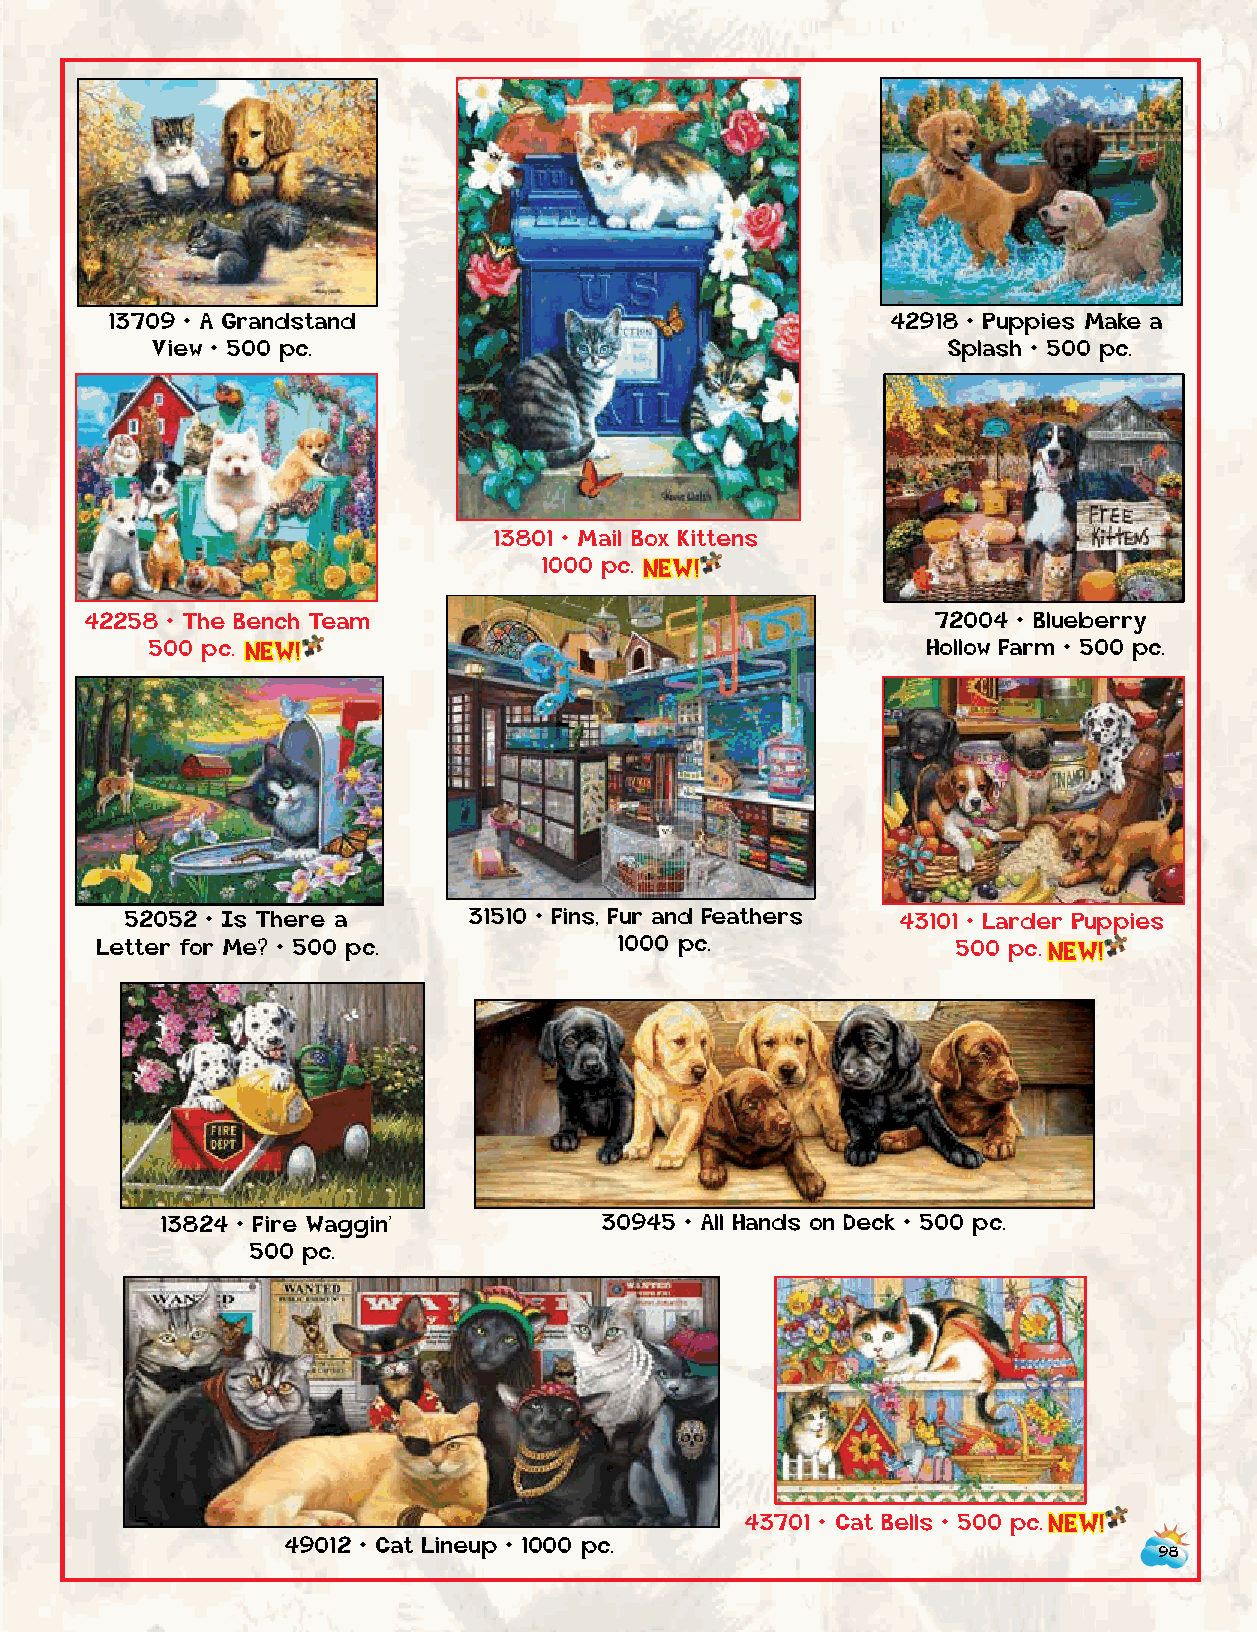
13709 • A Grandstand                                42918 • Puppies Make a
 View • 500 pc.                                       Splash • 500 pc.
 13801 • Mail Box Kittens
 1000 p c . NEW!
 42258 • The Bench Team                                  72004 • Blueberry
 500 p c . NEW!                                     Hollow Farm • 500 pc.
 52052 • Is There a     31510 • Fins, Fur and Feathers 43101 • Larder Puppies
 Letter for Me? • 500 pc.           1000 pc.              500 p c . NEW!
 37260 • Lounging • 1000 pc
 13824 • Fire Waggin’         30945 • All Hands on Deck • 500 pc.
 500 pc.
 43701 • Cat Bells • 500 p c . NEW!
 49012 • Cat Lineup • 1000 pc.
 98